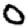
Digit: 0